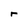
Character: r